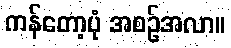
ကန်တော့ပုံ အစဉ်အလာ။